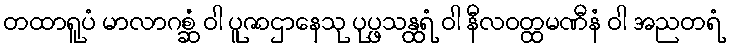
တထာရူပံ မာလာဂစ္ဆံ ဝါ ပူဇာဌာနေသု ပုပ္ဖသန္ထရံ ဝါ နီလဝတ္ထမဏီနံ ဝါ အညတရံ